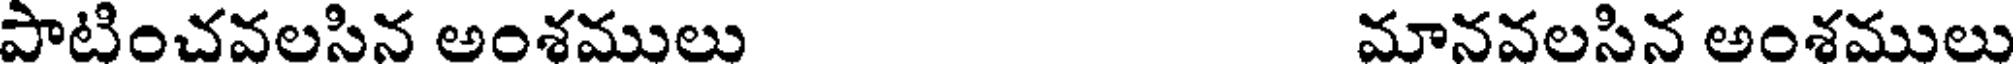
పాటించవలసిన అంశములు మానవలసిన అంశములు